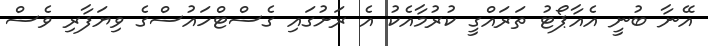
އޭނާ ބުނީ އެއާޕޯޓު ތަރައްގީ ކުރުމާއެކު އެ ރަށުގައި ގެސްޓްހައުސްގެ ވިޔަފާރި ވެސް